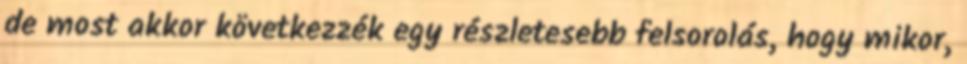
de most akkor következzék egy részletesebb felsorolás, hogy mikor,